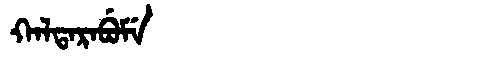
Manchu: ᡴᠠᠯᡨᠠᡵᠠᠪᡠᠮᡝ
Romanization: KALTARABUME